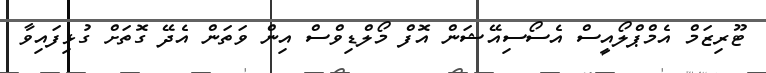
ޓޫރިޒަމް އެމްޕްލޯއީސް އެސޯސިއޭޝަން އޮފް މޯލްޑިވްސް އިން ވަތަން އެދޭ ގޮތަށް ގުޅިފައިވާ